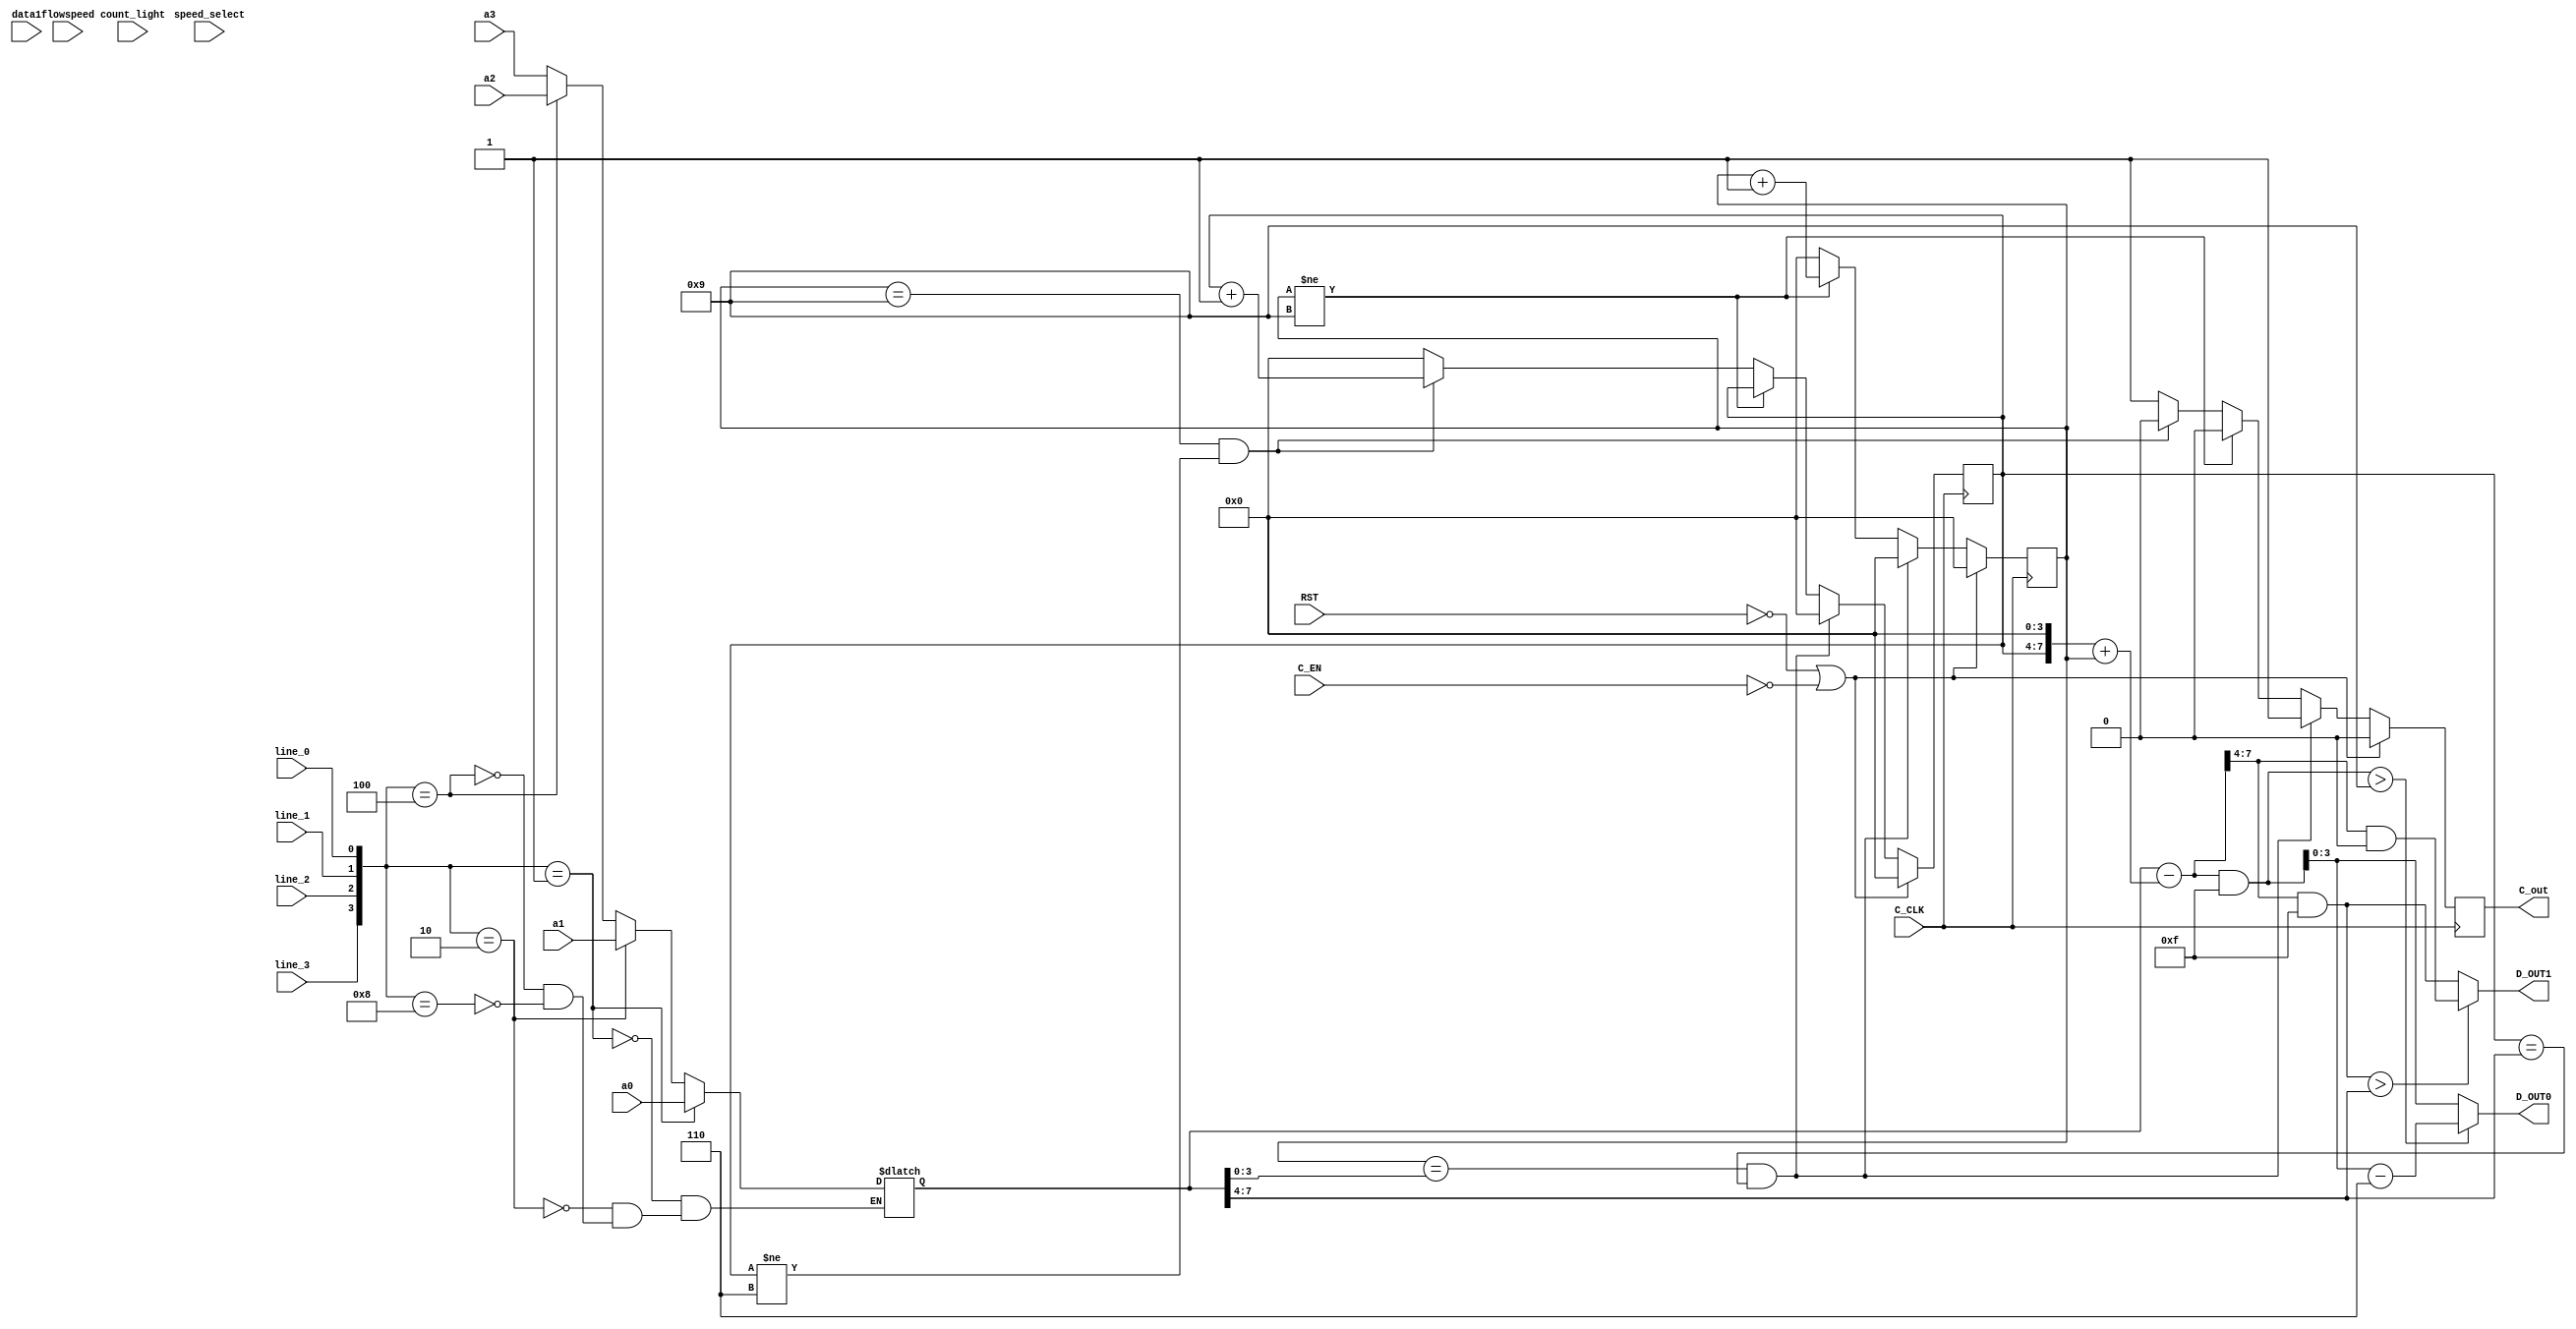
module counter55(C_CLK,RST,C_EN,D_OUT1,data1,D_OUT0,C_out,count_light
,a0,a1,a2,a3,speed_select,flowspeed,line_0,line_1,line_2,line_3);
input [1:0]count_light,speed_select;
input line_0,line_1,line_2,line_3;
input [2:0]flowspeed;
output C_out;
input [7:0]a0,a1,a2,a3;
output [3:0] D_OUT1;
output [3:0] D_OUT0;
input [7:0]data1;
input  C_CLK;
input  RST;
input  C_EN;
reg [7:0]data;
reg [3:0]data_0,data_1;
reg [3:0] D_OUT1;
reg [3:0] D_OUT0;
reg C_out;
reg [3:0] CData1;
reg [3:0] CData0;
reg [7:0] DATA;

always
begin
if({line_3,line_2,line_1,line_0}==4'b0001)
begin
data<=a0;
end
else if({line_3,line_2,line_1,line_0}==4'b0010)
begin
data<=a1;
end
else if({line_3,line_2,line_1,line_0}==4'b0100)
begin
data<=a2;
end
else if({line_3,line_2,line_1,line_0}==4'b1000)
begin
data<=a3;
end
end
//reg [1:0]flag111;
//always@(posedge C_EN)
//begin
//if(RST==0)
// flag111<=2'b00;
//else 
//begin
// flag111<=flag111+1;
//end
//if(flag111==2'b00)
// data<=a0;
//else if(flag111==2'b01)
// data<=a1;
//else if(flag111==2'b10)
//  data<=a2;
//else if(flag111==2'b11)
//   data<=a3;
//end


always
begin
data_0<=data[3:0];
data_1<=data[7:4];
end

always @(posedge C_CLK)
begin
	if(RST==0||C_EN==0)
	  begin 
		C_out <= 1'b0;
		CData1 <= 4'b0000;
		CData0 <= 4'b0000;
	  end
	else
	  begin
	    if(CData0 ==data_0 && CData1 == data_1)
		  begin
	    	CData1 <= 4'b0000;
	        CData0 <= 4'b0000;
	        C_out = 1'b1;
	      end		
		else if(CData0 != 4'b1001)
		  begin
			CData0 <= CData0 + 1;
			C_out <= 1'b0;
		  end
		else if(CData0 == 4'b1001 && CData1 != 4'b0110)
		  begin
			CData1 <= CData1 + 1;
			CData0 <= 4'b0000;
			C_out <= 1'b0;
		  end
		else
	      begin
	    	CData1 <= 4'b0000;
	        CData0 <= 4'b0000;
	        C_out = 1'b1;
	      end
	end
end
reg [7:0]data_reg;
always
begin
    data_reg={data_1[3:0],data_0[3:0]};
	DATA <= data_reg-((CData1<<4)+CData0);
	if(((DATA>>4)&4'b1111)>data_1)
		D_OUT1 <= (DATA>>4)&4'b1111-4'b1111;
	else
		D_OUT1 <= (DATA>>4)&4'b1111;
	if((DATA&4'b1111)>4'b1001)
		D_OUT0 <= (DATA&4'b1111)-4'b0110;
	else
		D_OUT0 <= DATA&4'b1111;
end

endmodule